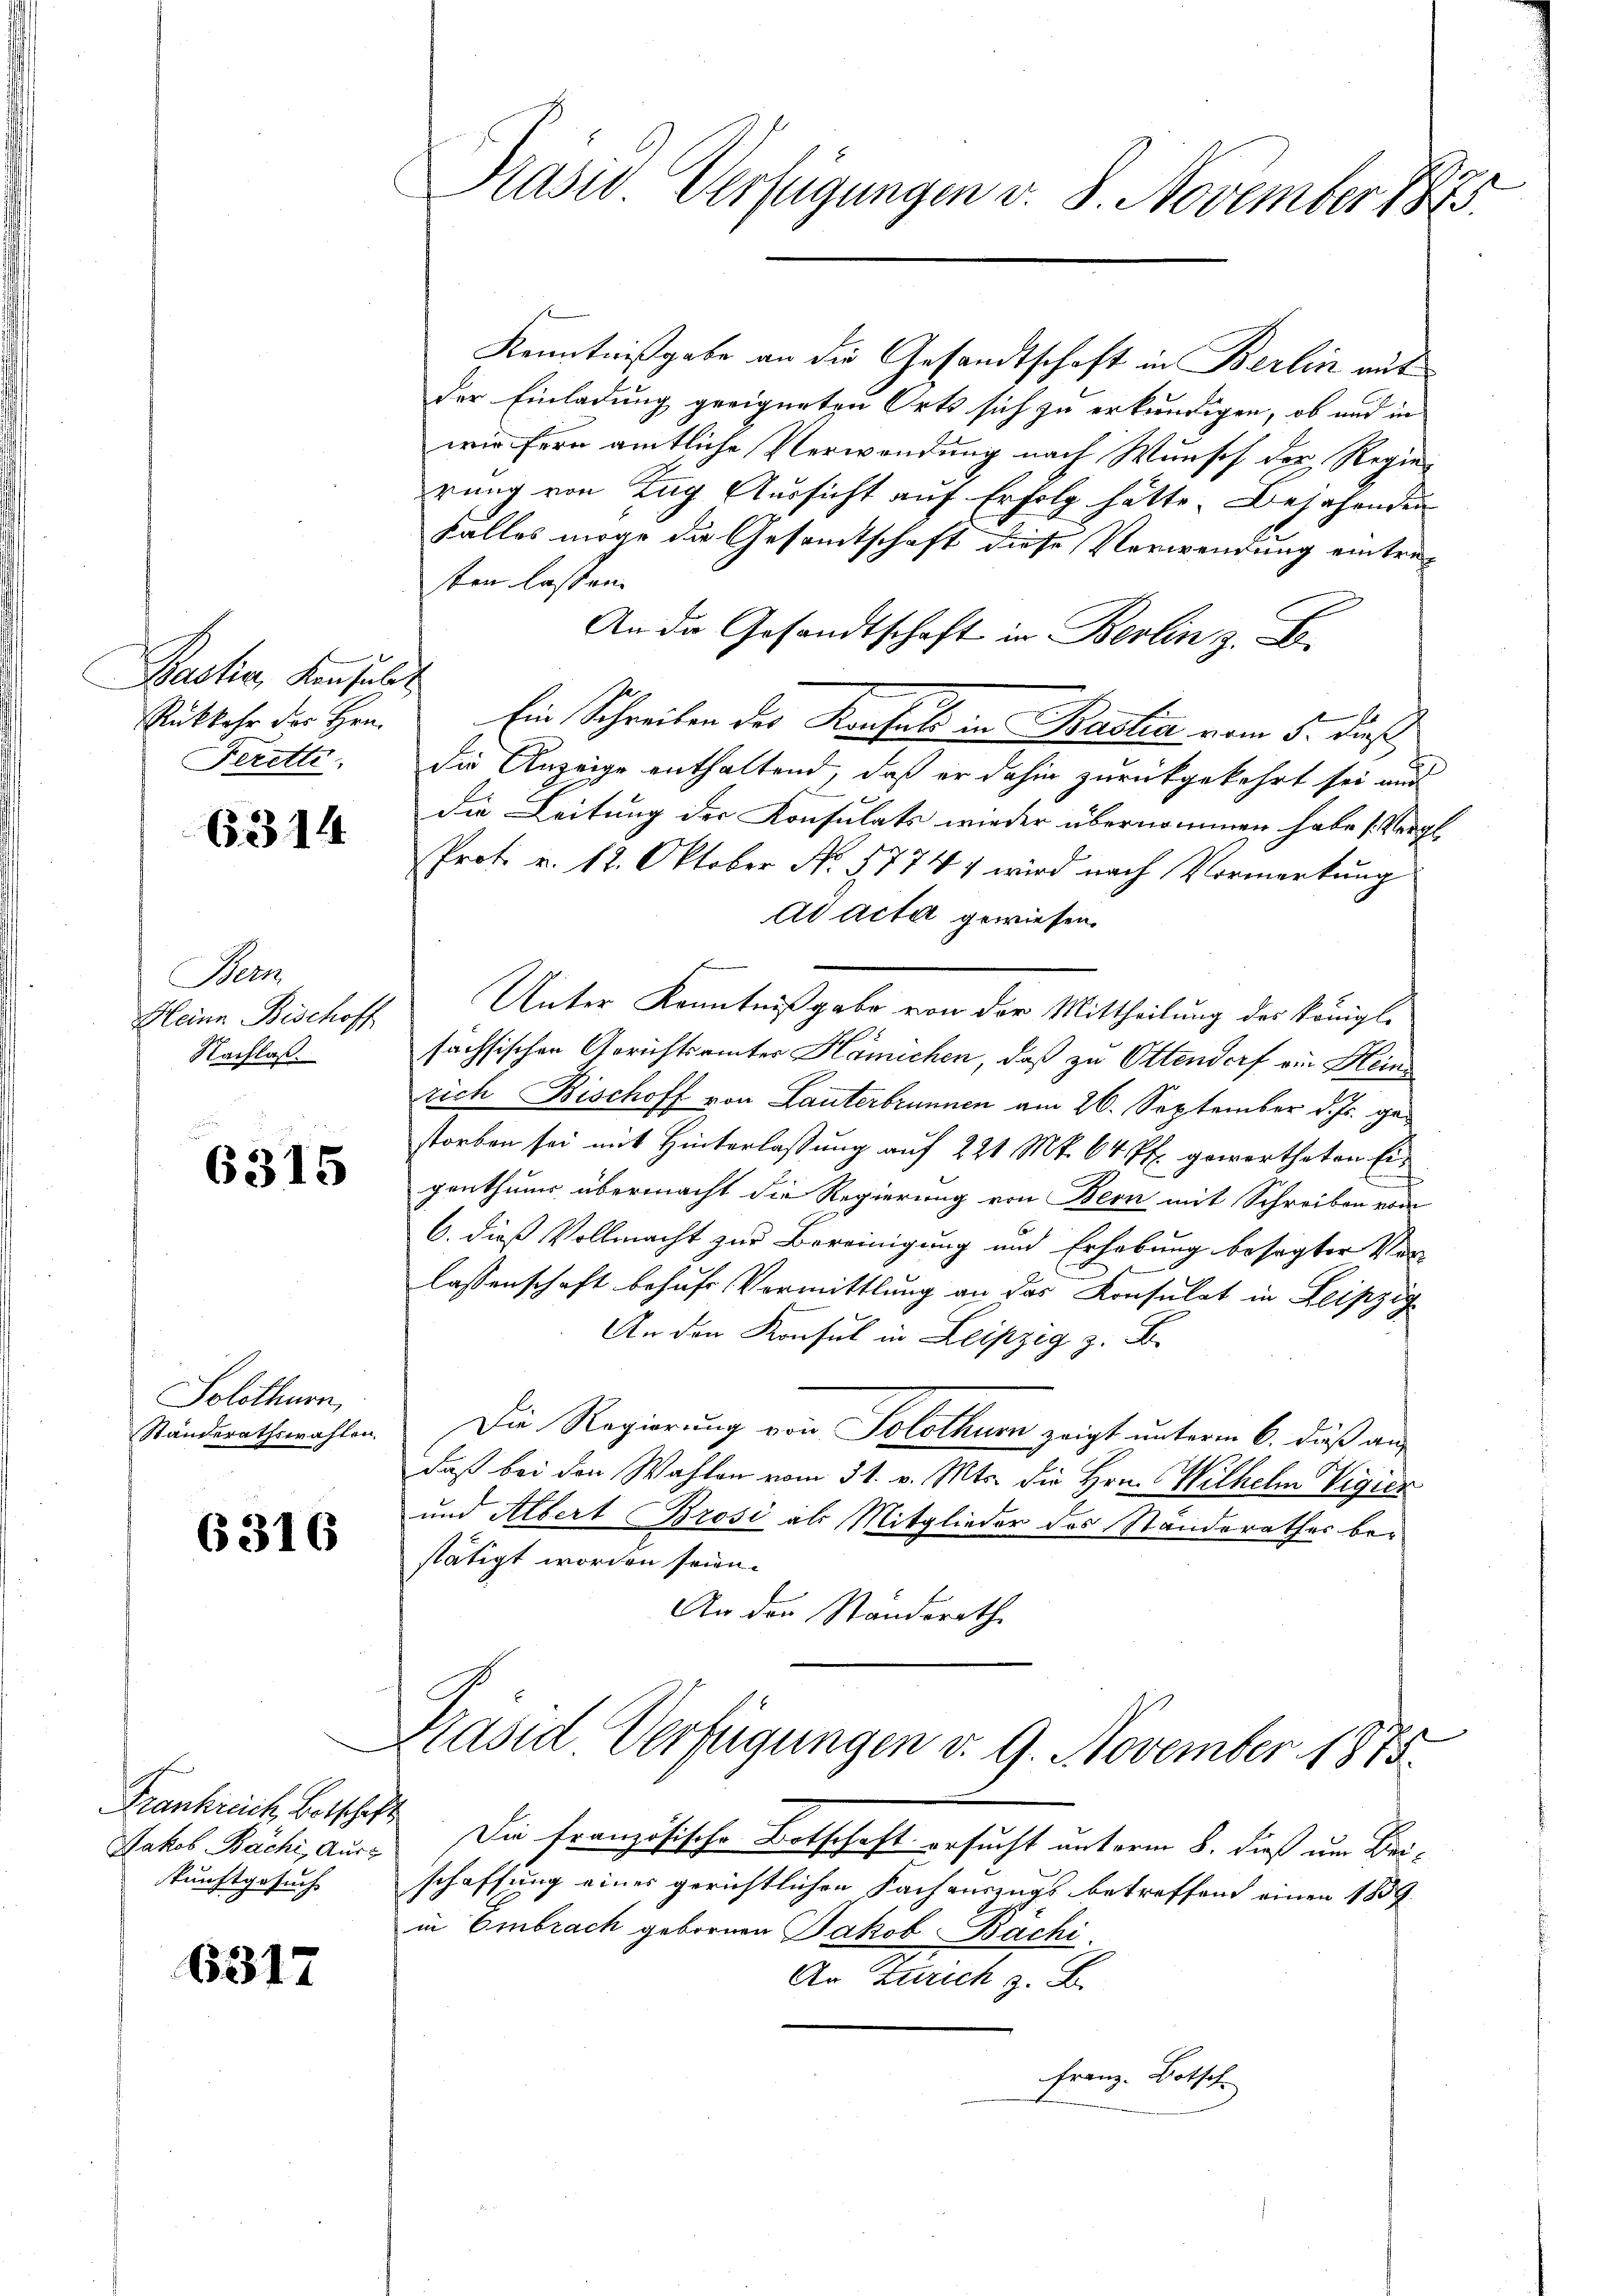
Bastian Konsuls
Rükkehr des Hrn.
Ferette

6314

Bern.
Heine Beschoff
Nachlaß.

6315

Solothurn,
Ständerathswahlen.

6316

Frankreich, Botschaf
Jakob Bachi, Ausz
kunftgesuch

6317

Präsid Verfügungen v. 8. November 1875.

Kenntnißgabe an die Gesandtschaft in Berlin aus
der Einladung geeigneten Orts sich zu erkundigen, ob und in
wie fern amtliche Verwendung nach Wunsch der Regierung von Tag Aussicht auf Erfolg hätte. Bejahenden
Falles möge die Gesamtschaft diese Verwendung eintresten lassen.
An die Gesandtschaft in Berlin z. B.
Ein Schreiben der Konfels in Bastia vom 5. daß
die Anzeige enthaltend, daß er dahin zurückgekehrt sei und
die Leitung der Konsulats wieder übernommen habe (Vergl.
Prot. v. 12. Oktober No. 1774 wird nach Vormerkung
Ad Acta gewiesen.
Unter Kenntnißgabe von der Mittheilung des Königl.
sachsischen Gerichtsamter Hamichen, daß zu Ottendorf ein Heinrich Bischoff von Lauterbrunnen am 26. September d. Js. gestorben sei mit Hinterlassung auf 221 Mt. 64 ff. gewertheten Eigenthums übermacht die Regierung von Bern mit Schreiben von
6. dieß Vollmacht zur Bereinigung und Erhebung besagter Ver-
lassenschaft behufs Vormittlung an das Konsulat in Leipzig
An den Konsul in Leipzig z. B.
Die Regierung von Solothurn zeigt unterm 6. dieß an
daß bei den Wahlen vom 31. v. Mts. die Hrn. Wilhelm Vigier
und Albert Brosi als Mitglieder des Standerathes bestätigt worden seien.
An den Standsrath
Präsid Verfügungen v. 9. November 1875.
Die französische Botschaft ersucht unterm 8. dieß um Bei-
schaffung eines gerichtlichen Fachauszugs betreffend einen 1857
in Embrach gebornen Jakob Bachi
An Zürich z. B.
Franz Botsch